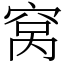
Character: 窝